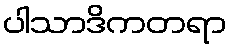
ပါသာဒိကတရာ